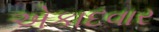
એકાદવાર